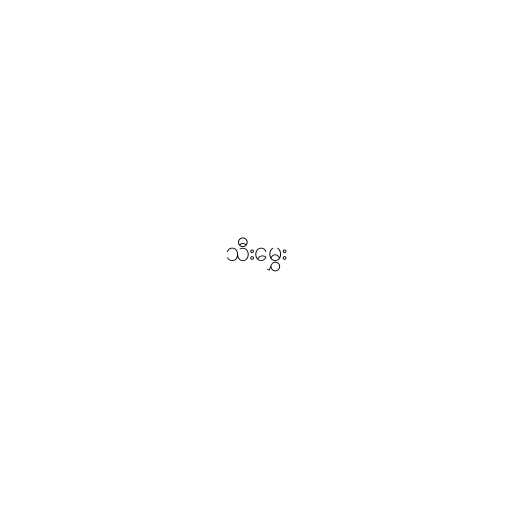
သီးမွှေး